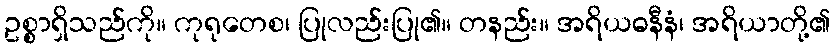
ဥစ္စာရှိသည်ကို။ ကုရုတေစ၊ ပြုလည်းပြု၏။ တနည်း။ အရိယဓနီနံ၊ အရိယာတို့၏